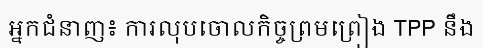
អ្នកជំនាញ៖ ការលុបចោលកិច្ចព្រមព្រៀង TPP នឹង